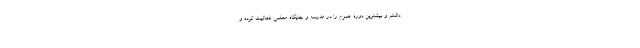
داشتم و بیشترین دوره عمرم را در مدرسه و جایگاه معلمی فعالیت کرده و